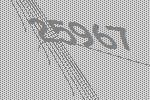
25967